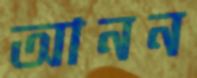
আনন